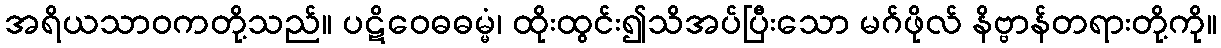
အရိယသာဝကတို့သည်။ ပဋိဝေဓဓမ္မံ၊ ထိုးထွင်း၍သိအပ်ပြီးသော မဂ်ဖိုလ် နိဗ္ဗာန်တရားတို့ကို။